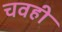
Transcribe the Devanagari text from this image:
चवही